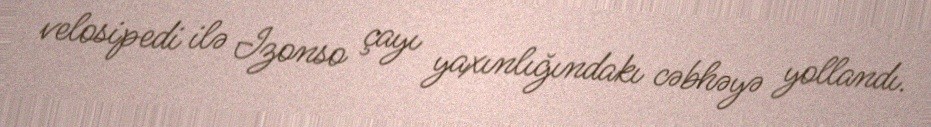
velosipedi ilə Izonso çayı yaxınlığındakı cəbhəyə yollandı.